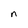
Character: n